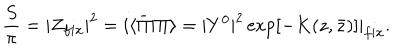
{ \frac { S } { \pi } } = | Z _ { f i x } | ^ { 2 } = i \langle \bar { \Pi } | \Pi \rangle = | Y ^ { 0 } | ^ { 2 } \exp [ - K ( z , \bar { z } ) ] | _ { f i x } .